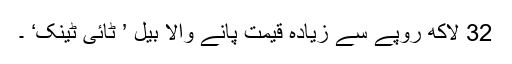
32 لاکھ روپے سے زیادہ قیمت پانے والا بیل ’ ٹائی ٹینک‘ ۔